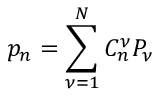
p _ { n } = \sum _ { \nu = 1 } ^ { N } C _ { n } ^ { \nu } P _ { \nu }